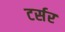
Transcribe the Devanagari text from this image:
टर्सर